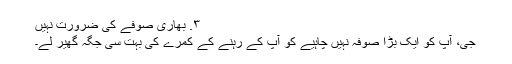
۳. بھاری صوفے کی ضرورت نہیں
جی، آپ کو ایک بڑا صوفہ نہیں چاہیے کو آپ کے رہنے کے کمرے کی بہت سی جگہ گھیر لے۔